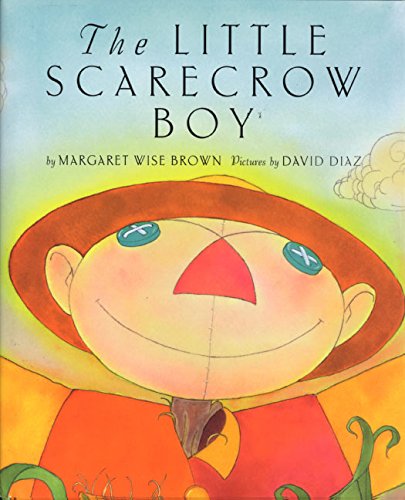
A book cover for The Little Scarecrow Boy; Margaret Wise Brown; Children's Books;